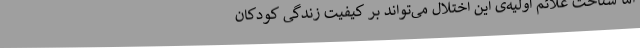
اما شناخت علائم اولیه‌ی این اختلال می‌تواند بر کیفیت زندگی کودکان